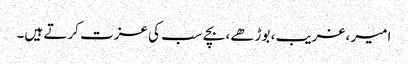
امیر ،غریب، بوڑھے، بچے سب کی عزت کرتے ہیں۔